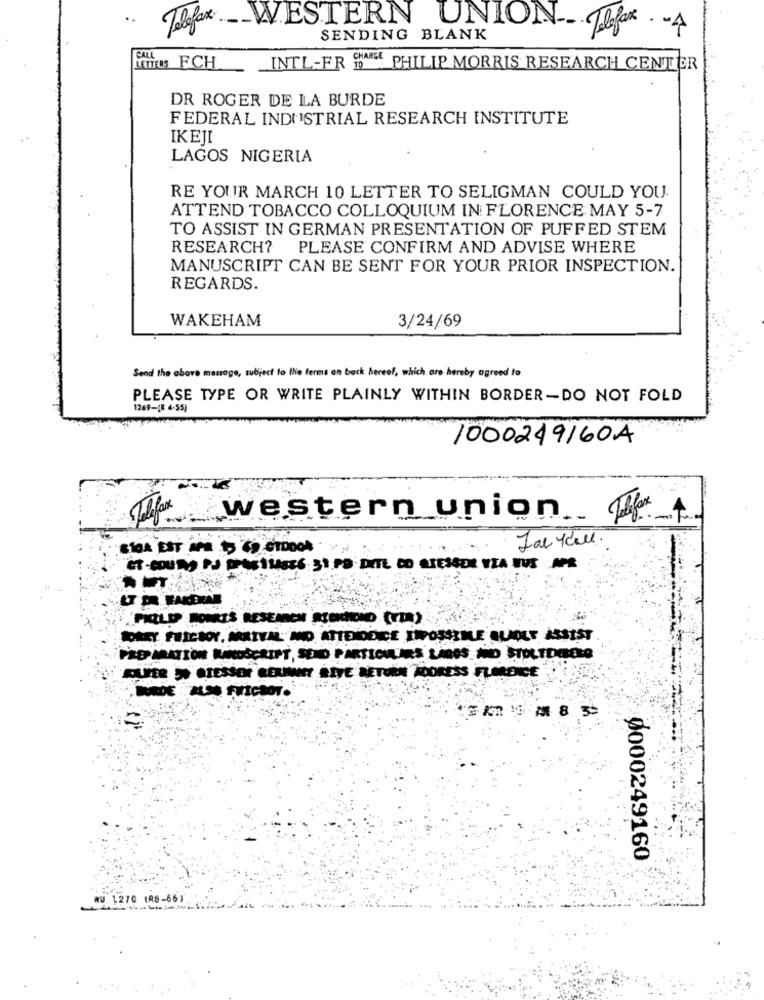
Telefon- WESTERN UNION-Jefax . - 4
SENDING BLANK
CALL
MIROS FCH
INTL-FR 10
PHILIP MORRIS RESEARCH CENTER
DR ROGER DE LA BURDE
FEDERAL INDUSTRIAL RESEARCH INSTITUTE
IKEJI
LAGOS NIGERIA
RE YOUR MARCH 10 LETTER TO SELIGMAN COULD YOU.
ATTEND TOBACCO COLLOQUIUM IN FLORENCE MAY 5-7
TO ASSIST IN GERMAN PRESENTATION OF PUFFED STEM
RESEARCH? PLEASE CONFIRM AND ADVISE WHERE
MANUSCRIPT CAN BE SENT FOR YOUR PRIOR INSPECTION.
REGARDS.
WAKEHAM
3/24/69
Send the above manage, subject to the terms on back hereof, which are hereby agreed to
PLEASE TYPE OR WRITE PLAINLY WITHIN BORDER-DO NOT FOLD
1269-[R 4-55)
1000249160A
western union
Jal Y ell.
CT - COURS PJ PAS 1 14SE6 31 PS DITE CO STESSER VIA VUE APR
LT ER FARERAR
BOAET FRICIOY, ARRIVAL NO ATTENDOCE IMPOSSIMLE QUOLE ASSIST
PREPARATION RANOSCRIPT, SEND PARTICULARS LAGOS AND STOLTENBERG
KUPER "" STESSO SERINNY SITE RETURN ADDRESS FLORENCE
0000249160
WU 1270 (R8-66)